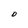
Character: O